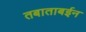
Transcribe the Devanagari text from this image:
तबाताबईन